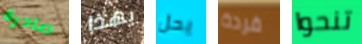
صادرة بهذا يحل قردة تنحوا